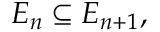
E _ { n } \subseteq E _ { n + 1 } ,